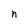
Character: n